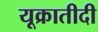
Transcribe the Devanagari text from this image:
यूक्रातीदी